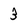
Character: 3